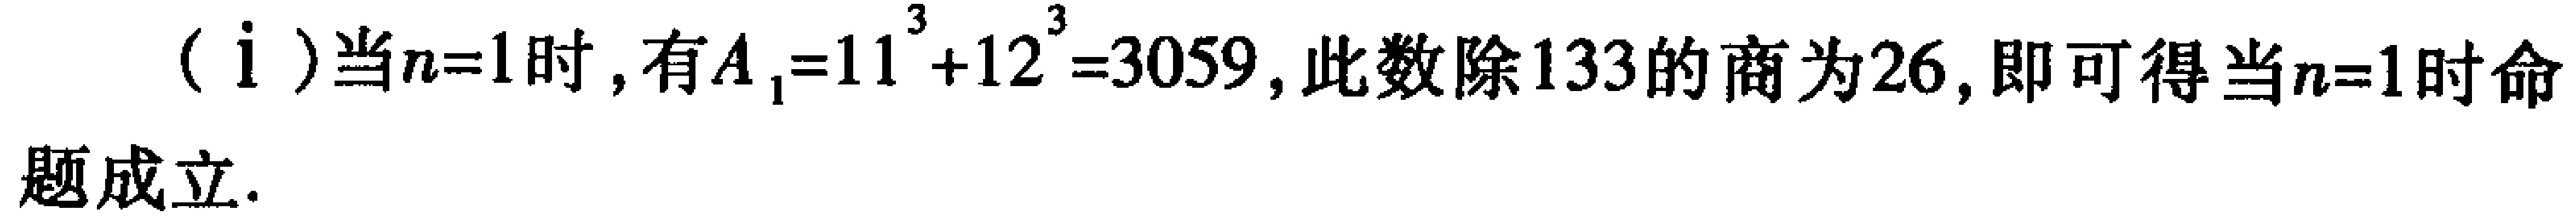
（i）当\(n = 1\)时，有\(A_1=11^{3}+12^{3}=3059\)，此数除\(133\)的商为\(26\)，即可得当\(n = 1\)时命题成立.